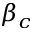
\beta _ { c }